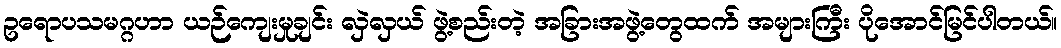
ဥရောပသမဂ္ဂဟာ ယဉ်ကျေးမှုချင်း လှဲလှယ် ဖွဲ့စည်းတဲ့ အခြားအဖွဲ့တွေထက် အများကြီး ပိုအောင်မြင်ပါတယ်။